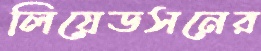
লিয়েডসনের